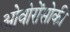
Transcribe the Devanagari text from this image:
ओवोरोंसोकी